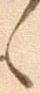
々